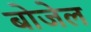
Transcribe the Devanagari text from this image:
बोजेल